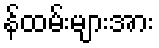
န်ထမ်းများအား